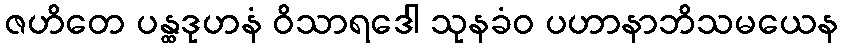
ဇဟိတေ ပန္ထဒုဟနံ ဝိသာရဒေါ သုနခံဝ ပဟာနာဘိသမယေန